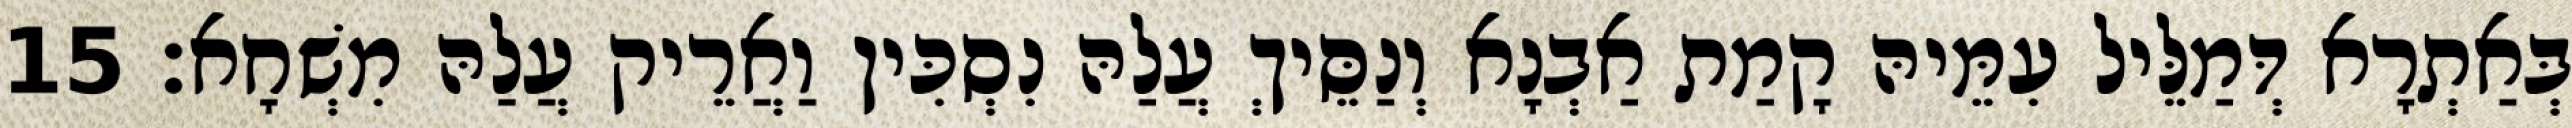
בְּאַתְרָא דְּמַלֵּיל עִמֵּיהּ קָמַת אַבְנָא וְנַסֵּיךְ עֲלַהּ נִסְכִּין וַאֲרֵיק עֲלַהּ מִשְׁחָא׃ 15